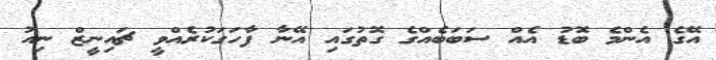
އޭގެ އެންމެ ބޮޑު އެއް ސަބަބެއްގެ ގޮތުގައި އޭނާ ފާހަގަކުރެއްވީ ޗައިނީޒް ނިއު